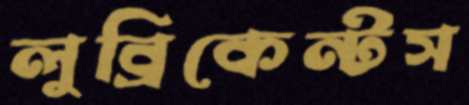
লুব্রিকেন্টস